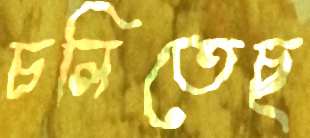
চলিতেছ